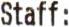
STAFF: